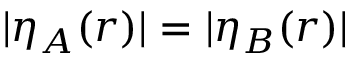
| \eta _ { A } ( \boldsymbol { r } ) | = | \eta _ { B } ( \boldsymbol { r } ) |